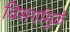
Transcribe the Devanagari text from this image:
विसर्गामुळे